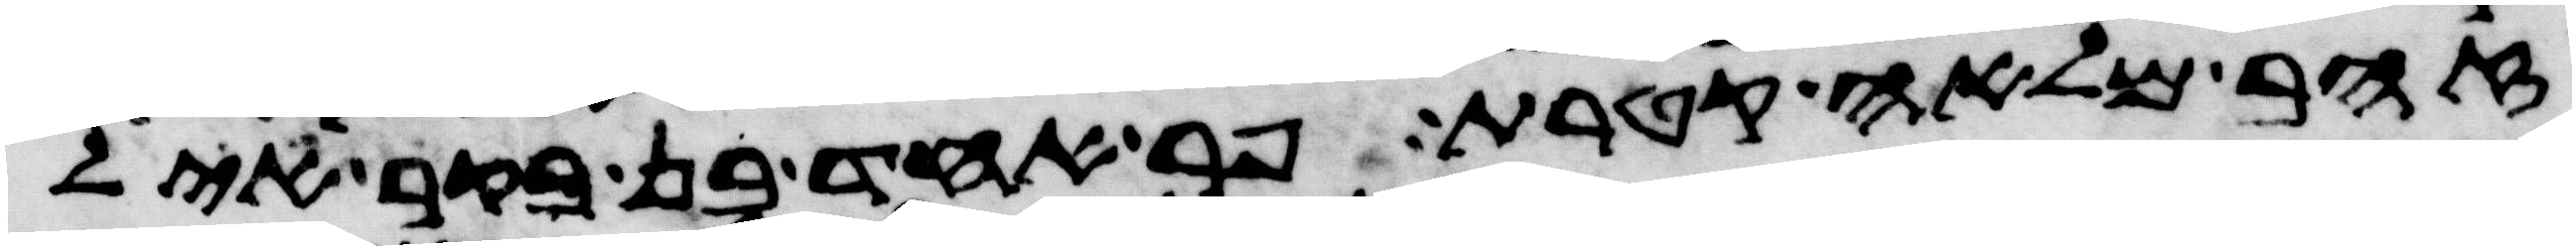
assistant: זהב מלאה קטרת פר אחד בן בקר איל